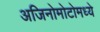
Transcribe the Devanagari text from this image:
अजिनोमोटोमध्ये